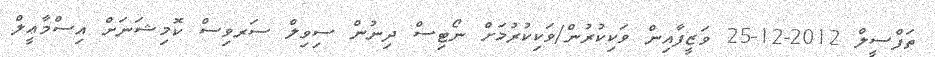
ތަފްސީލް 2012-12-25 ވަޒީފާއިން ވަކިކުރުން/ވަކިކުރުމަށް ނޯޓިސް ދިނުން ސިވިލް ސަރވިސް ކޮމިޝަނަށް އިސްމާޢީލް